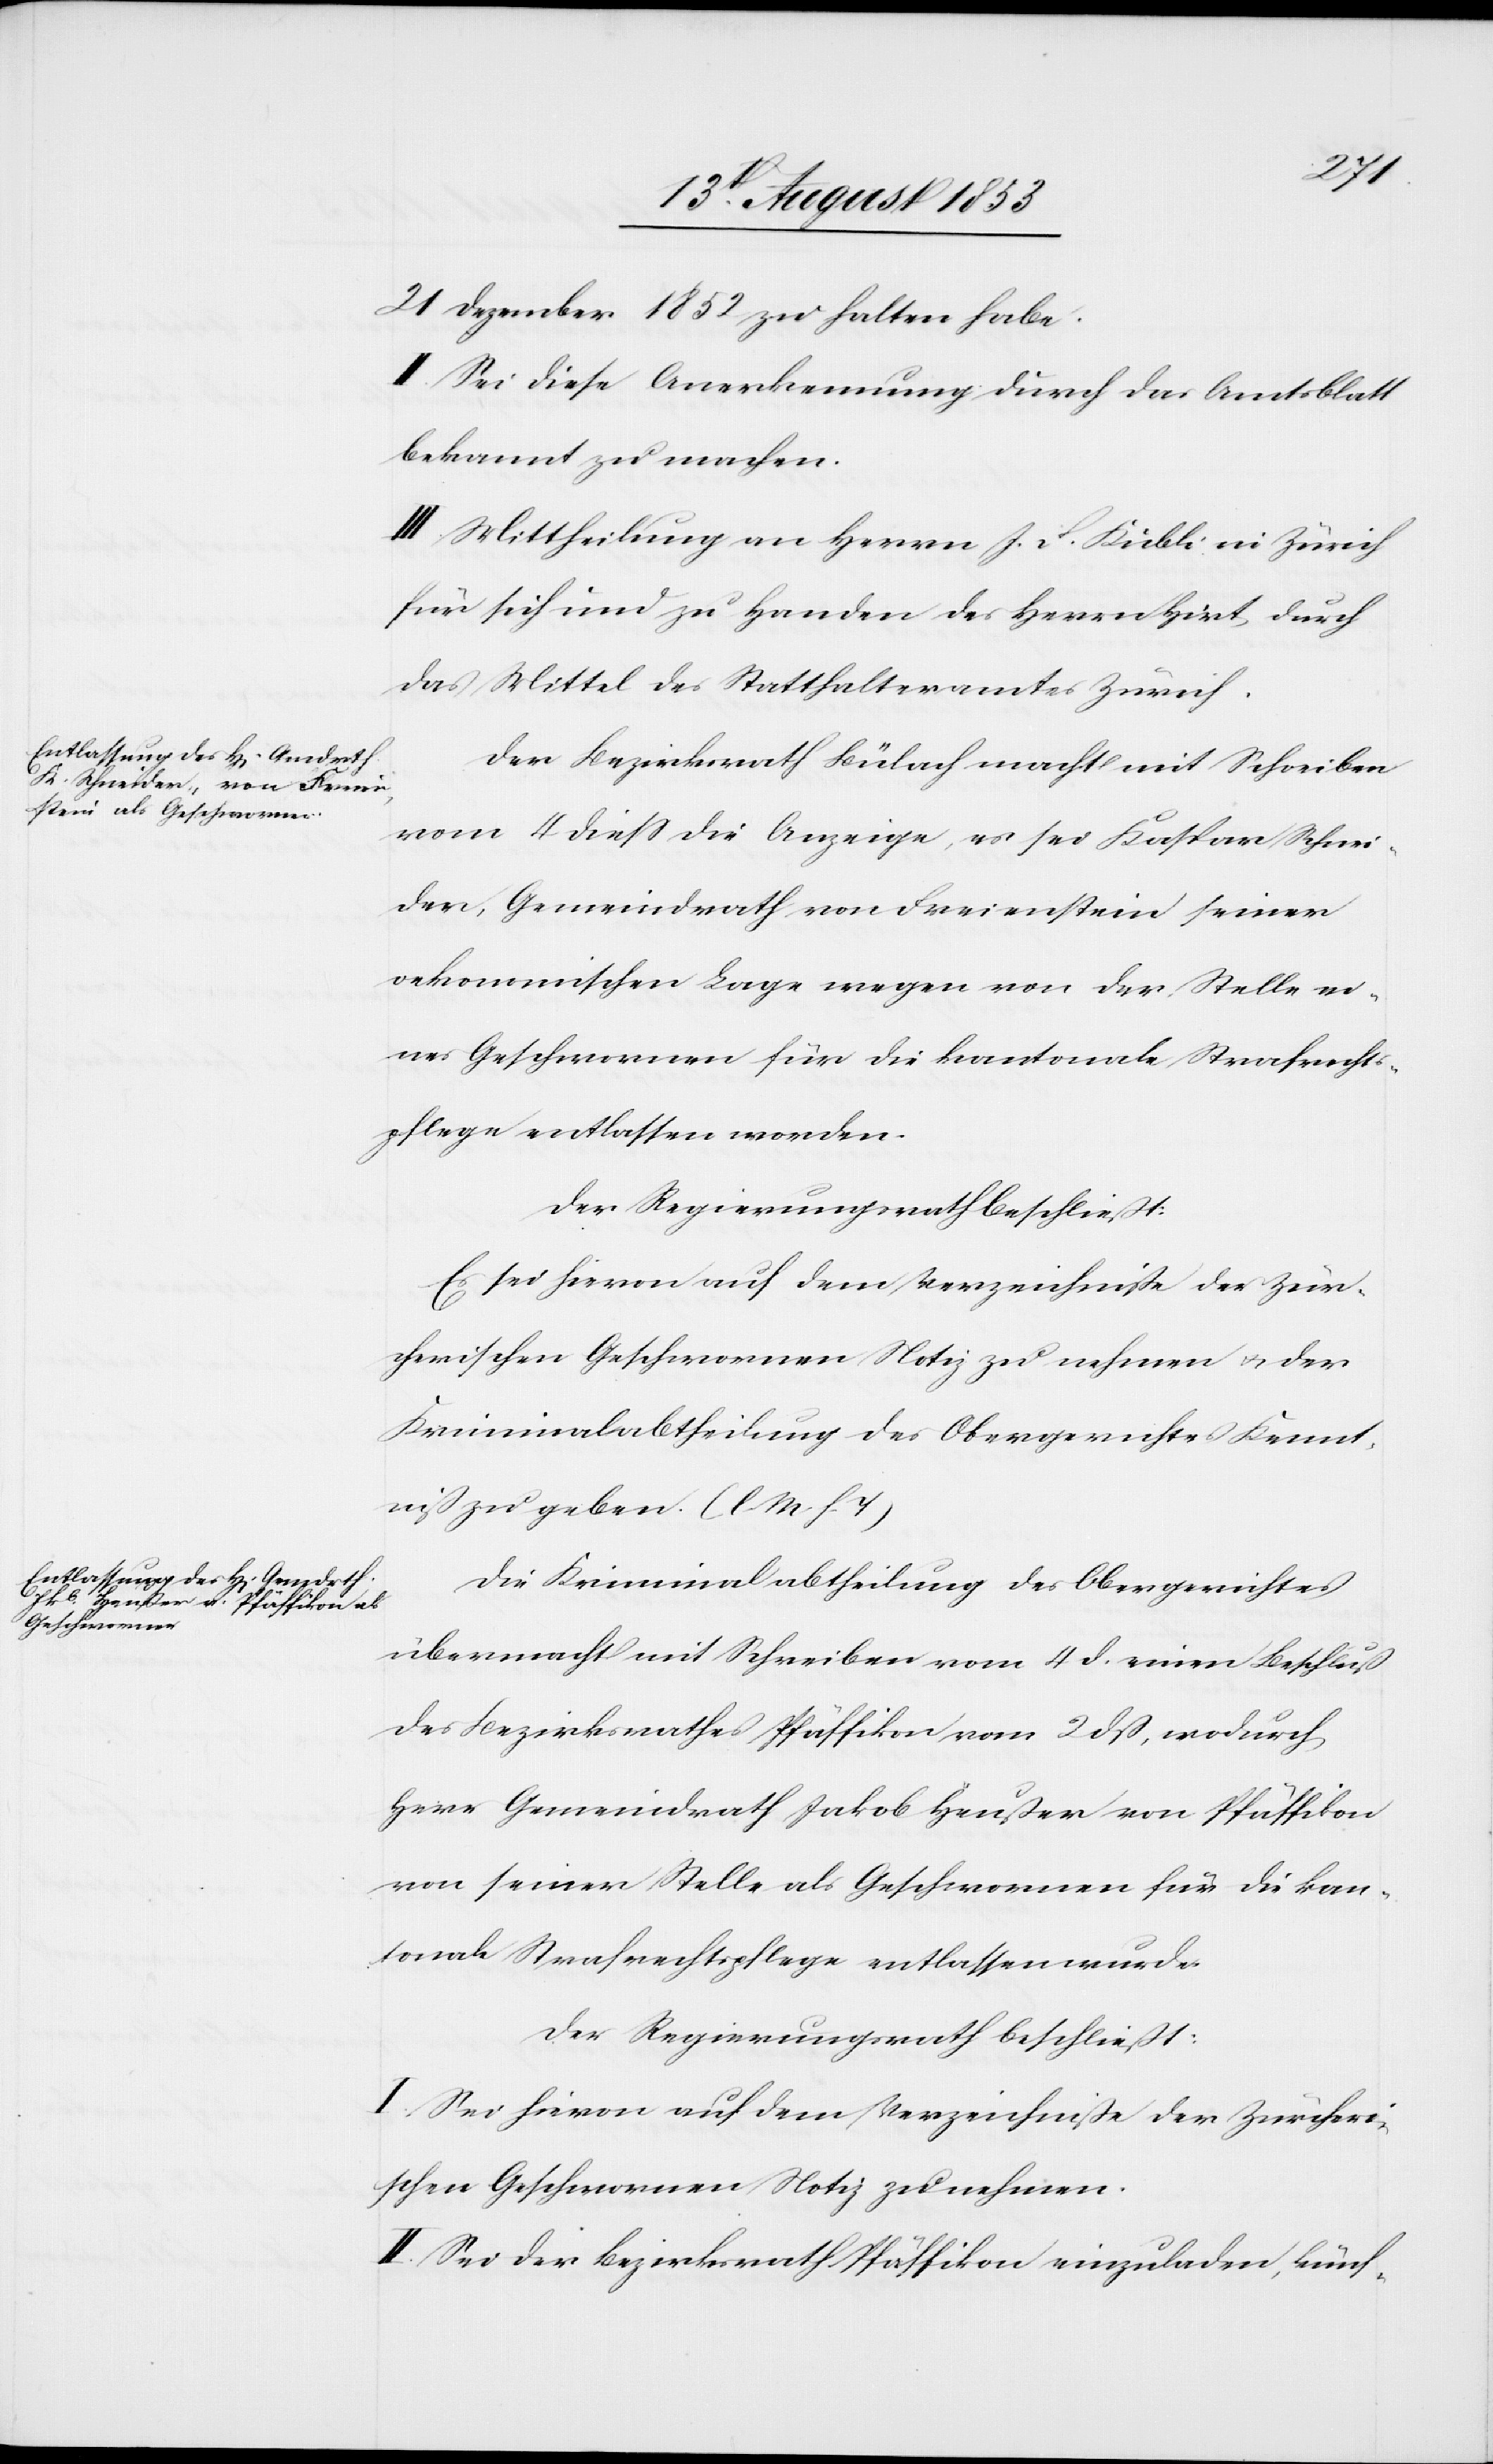
21 Dezember 1852 zu halten habe.
II. Sei diese Anerkennung durch das Amtsblatt
bekannt zu machen.
III. Mittheilung an Herrn J. F. Kübli in Zürich
für sich und zu Handen des Herrn Hirt, durch
das Mittel des Statthalteramtes Zürich.
Der Bezirksrath Bülach macht mit Schreiben
vom 4 dieß die Anzeige, es sei Kaspar Schnei¬
der, Gemeindrath von Freienstein seiner
oekonomischen Lage wegen von der Stelle ei¬
nes Geschworenen für die kantonale Strafrechts¬
pflege entlassen worden.
Der Regierungsrath beschließt:
Es sei hievon auf dem Verzeichniße der Zür¬
icherischen Geschworenen Notiz zu nehmen u. der
Kriminalabtheilung des Obergerichtes Kennt¬
niß zu geben. [l. M. h. T]
Die Kriminalabtheilung des Obergerichtes
übermacht mit Schreiben vom 4 d. einen Beschluß
des Bezirksrathes Pfäffikon vom 2 dß, wodurch,
Herr Gemeindrath Jakob Heußer von Pfäffikon
von seiner Stelle als Geschworenen für die kan¬
tonale Strafrechtspflege entlassen wurde.
Der Regierungsrath beschließt:
I. Sei hievon auf dem Verzeichniße der Zürcheri¬
schen Geschworenen Notiz zu nehmen.
II. Sei der Bezirksrath Pfäffikon einzuladen, künf-